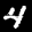
Label: 4